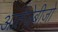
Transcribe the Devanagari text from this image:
आर्तज़ेबीज़ो